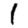
Digit: 1